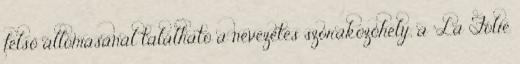
felső állomásánál található a nevezetes szórakozóhely, a "La Folie